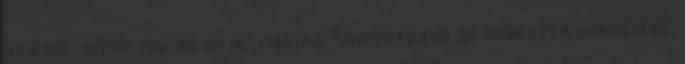
hajóról jutottak, be az állomásra. Visszatérve az őrmester kérdésére,